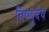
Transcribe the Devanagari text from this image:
विष्णूदेव